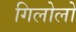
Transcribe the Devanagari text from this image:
गिलोलो